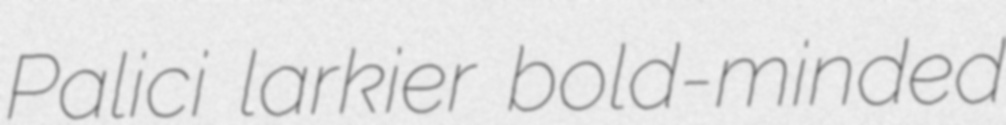
Palici larkier bold-minded